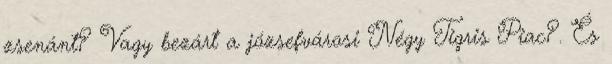
zsenánt? Vagy bezárt a józsefvárosi Négy Tigris Piac?. És